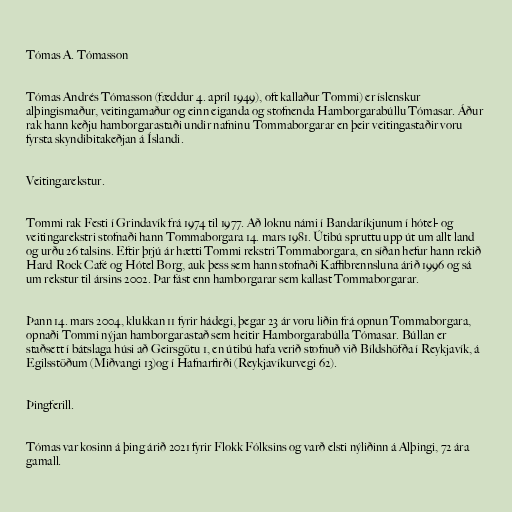
Tómas A. Tómasson

Tómas Andrés Tómasson (fæddur 4. apríl 1949), oft kallaður Tommi) er íslenskur
alþingismaður, veitingamaður og einn eiganda og stofnenda Hamborgarabúllu Tómasar. Áður
rak hann keðju hamborgarastaði undir nafninu Tommaborgarar en þeir veitingastaðir voru
fyrsta skyndibitakeðjan á Íslandi.

Veitingarekstur.

Tommi rak Festi í Grindavík frá 1974 til 1977. Að loknu námi í Bandaríkjunum í hótel- og
veitingarekstri stofnaði hann Tommaborgara 14. mars 1981. Útibú spruttu upp út um allt land
og urðu 26 talsins. Eftir þrjú ár hætti Tommi rekstri Tommaborgara, en síðan hefur hann rekið
Hard Rock Café og Hótel Borg, auk þess sem hann stofnaði Kaffibrennsluna árið 1996 og sá
um rekstur til ársins 2002. Þar fást enn hamborgarar sem kallast Tommaborgarar.

Þann 14. mars 2004, klukkan 11 fyrir hádegi, þegar 23 ár voru liðin frá opnun Tommaborgara,
opnaði Tommi nýjan hamborgarastað sem heitir Hamborgarabúlla Tómasar. Búllan er
staðsett í bátslaga húsi að Geirsgötu 1, en útibú hafa verið stofnuð við Bíldshöfða í Reykjavík, á
Egilsstöðum (Miðvangi 13)og í Hafnarfirði (Reykjavíkurvegi 62).

Þingferill.

Tómas var kosinn á þing árið 2021 fyrir Flokk Fólksins og varð elsti nýliðinn á Alþingi, 72 ára
gamall.